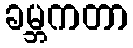
ခမ္ဘကတာ